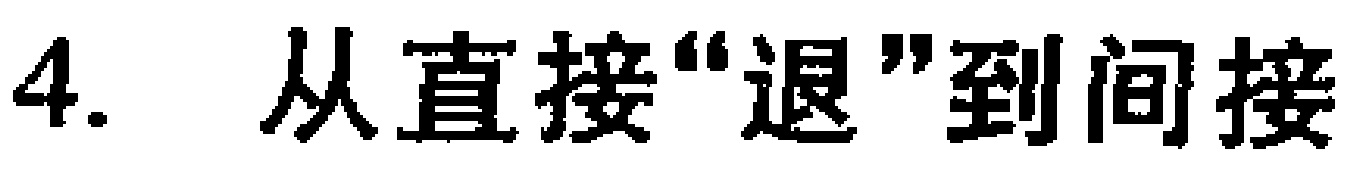
4. 从直接“退”到间接